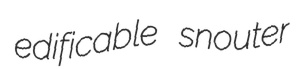
edificable snouter